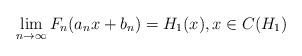
LaTeX: \begin{align*}\lim_{n\rightarrow \infty }F_{n}(a_{n}x+b_{n})=H_{1}(x),x\in C(H_{1}) \end{align*}